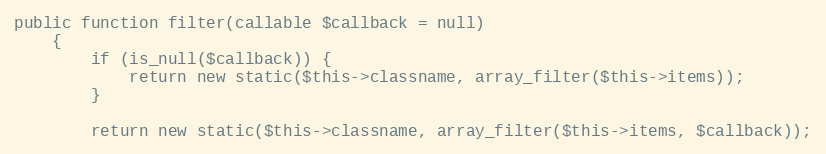
Language: PHP
public function filter(callable $callback = null)
    {
        if (is_null($callback)) {
            return new static($this->classname, array_filter($this->items));
        }

        return new static($this->classname, array_filter($this->items, $callback));